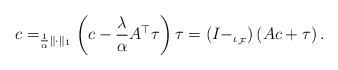
\begin{align*}c = _{\frac{1}{\alpha}\|\cdot\|_1}\left( c - \frac{\lambda}{\alpha}A^\top\tau\right) \tau = \left(I - _{\iota_{\mathcal{F}}}\right)\left(Ac + \tau\right).\end{align*}